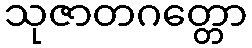
သုဇာတဂတ္တော